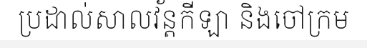
ប្រដាល់សាលវ័ន្តកីឡា និងចៅក្រម